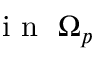
\mathrm { ~ i ~ n ~ } ~ \Omega _ { p }